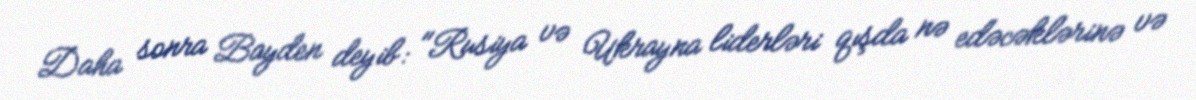
Daha sonra Bayden deyib: "Rusiya və Ukrayna liderləri qışda nə edəcəklərinə və